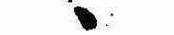
ゝ